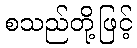
စသည်တို့ဖြင့်